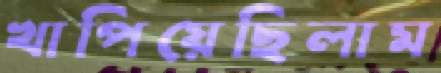
খাপিয়েছিলাম